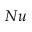
N u